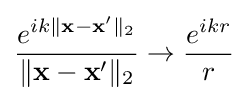
{\frac {e^{ik\|\mathbf {x} -\mathbf {x'} \|_{2}}}{\|\mathbf {x} -\mathbf {x'} \|_{2}}}\rightarrow {\frac {e^{ikr}}{r}}